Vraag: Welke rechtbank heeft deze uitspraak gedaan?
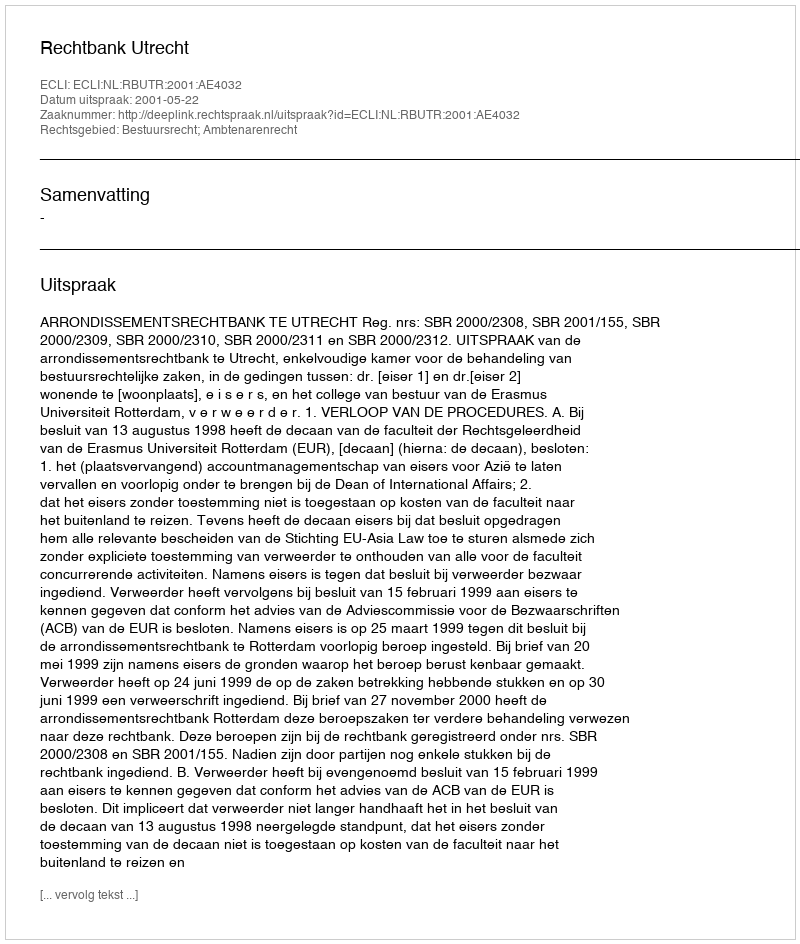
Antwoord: Rechtbank Utrecht